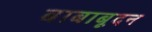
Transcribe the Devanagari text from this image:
बाबाबूदन